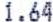
1.64